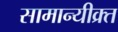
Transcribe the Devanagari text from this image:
सामान्यीक्र्त